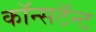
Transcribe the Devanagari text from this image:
कॉन्सटॅन्ट